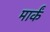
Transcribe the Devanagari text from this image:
मार्कं